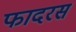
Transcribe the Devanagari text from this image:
फादरस